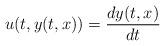
LaTeX: \begin{align*}u(t,y(t,x))=\frac{dy(t,x)}{dt}\end{align*}